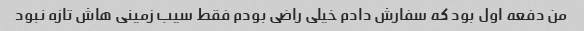
من دفعه اول بود که سفارش دادم خیلی راضی بودم فقط سیب زمینی هاش تازه نبود